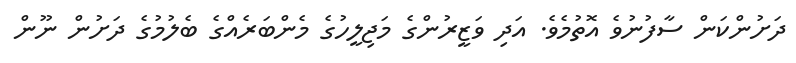
ދަށުންކަން ސާފުނުވެ އޮޮތުމެވެ. އަދި ވަޒީރުންގެ މަޖިލީހުގެ މެންބަރެއްގެ ބެލުމުގެ ދަށުން ނޫން